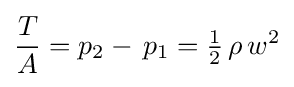
{\frac {T}{A}}=p_{2}-\,p_{1}={\tfrac {1}{2}}\,\rho \,w^{2}